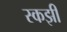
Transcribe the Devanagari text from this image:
स्कझी